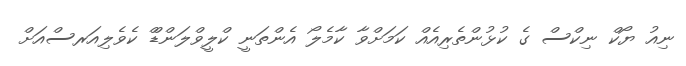
ނިއު ޔޯކް ނިކްސް ގެ ކުޅުންތެރިއެއް ކަމަށްވާ ކާމެލޯ އެންތަނީ ކްލީވްލަންޑްް ކެވެލިއަރސްއަށް